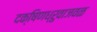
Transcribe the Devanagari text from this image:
दक्षिणध्रुवाजवळ